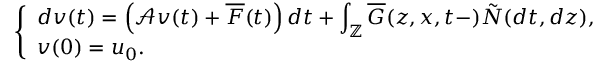
\left\{ \begin{array} { l l } { \displaystyle d v ( t ) = \left( \mathcal { A } v ( t ) + \overline { { F } } ( t ) \right) d t + \int _ { \mathbb { Z } } \overline { { G } } ( z , x , t - ) \tilde { N } ( d t , d z ) , } \\ { v ( 0 ) = u _ { 0 } . } \end{array} \right.